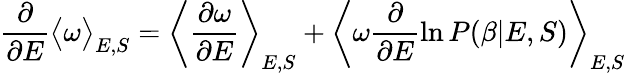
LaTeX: \frac{\partial}{\partial E}\big<\omega\big>_{E,S}=\left<\frac{\partial\omega}{\partial E}\right>_{E,S}+\left<\omega\frac{\partial}{\partial E}\ln P(\beta|E,S)\right>_{E,S}